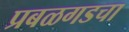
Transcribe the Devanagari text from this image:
प्रबळगडचा